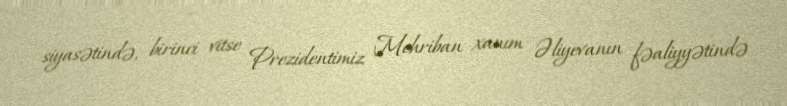
siyasətində, birinci vitse Prezidentimiz Mehriban xanım Əliyevanın fəaliyyətində